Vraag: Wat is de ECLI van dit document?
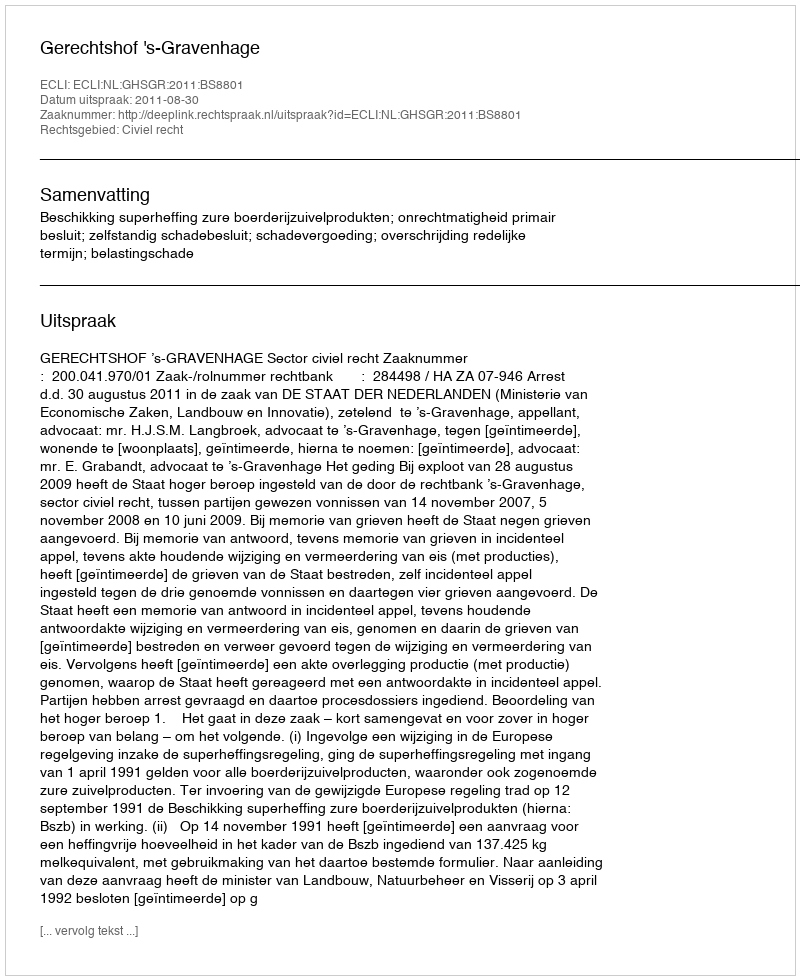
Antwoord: ECLI:NL:GHSGR:2011:BS8801